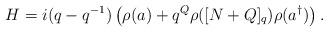
LaTeX: \begin{align*}H =i(q-q^{-1})\left( \rho( a)+q^{Q}\rho([N +Q]_q )\rho(a^{\dagger}) \right).\end{align*}